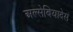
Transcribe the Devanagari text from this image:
अल्सेबियादेस